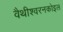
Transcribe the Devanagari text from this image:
वैथीश्वरनकोइल